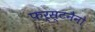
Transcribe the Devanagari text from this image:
फर्स्टनैनो